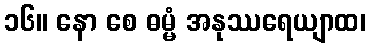
၁၆။ နော စေ ဓမ္မံ အနုဿရေယျာထ၊